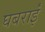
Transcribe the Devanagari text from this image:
घबराईं